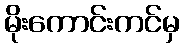
မိုးကောင်းကင်မှ